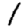
Digit: 1